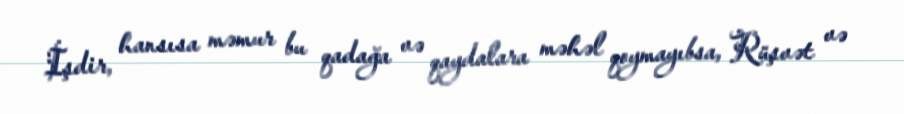
İşdir, hansısa məmur bu qadağa və qaydalara məhəl qoymayıbsa, Rüşvət və